Indian journal of veterinary science and animal husbandry - Volume 4,
Year: 1934
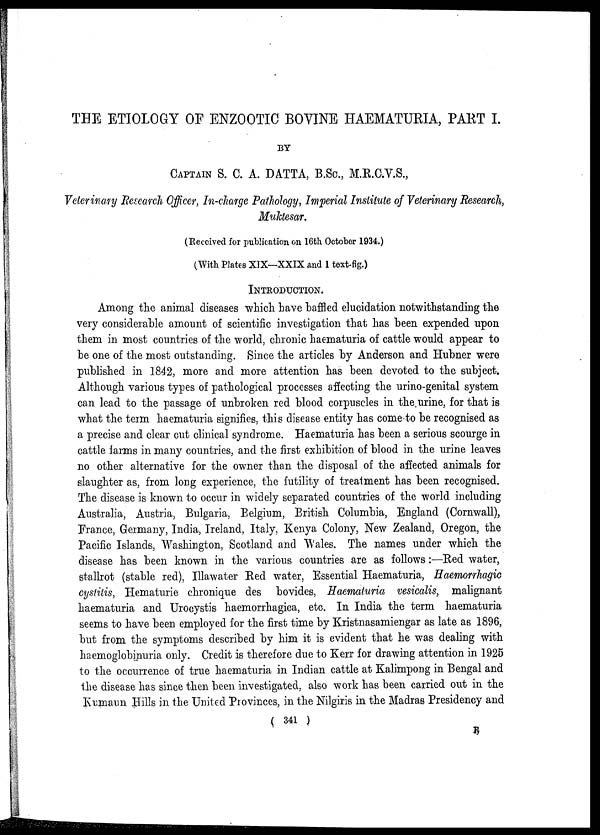
THE ETIOLOGY OF ENZOOTIC BOVINE HAEMATURIA, PART I.
BY
CAPTAIN S. C. A. DATTA, B.Sc., M.R.C.V.S.,
Veterinary Research Officer, In-charge Pathology, Imperial Institute of Veterinary Research,
Muktesar.
(Received for publication on 16th October 1934.)
(With Plates XIX—XXIX and 1 text-fig.)
INTRODUCTION.
Among the animal diseases which have baffled elucidation notwithstanding the
very considerable amount of scientific investigation that has been expended upon
them in most countries of the world, chronic haematuria of cattle would appear to
be one of the most outstanding. Since the articles by Anderson and Hubner were
published in 1842, more and more attention has been devoted to the subject.
Although various types of pathological processes affecting the urino-genital system
can lead to the passage of unbroken red blood corpuscles in the urine, for that is
what the term haematuria signifies, this disease entity has come to be recognised as
a precise and clear cut clinical syndrome. Haematuria has been a serious scourge in
cattle farms in many countries, and the first exhibition of blood in the urine leaves
no other alternative for the owner than the disposal of the affected animals for
slaughter as, from long experience, the futility of treatment has been recognised.
The disease is known to occur in widely separated countries of the world including
Australia, Austria, Bulgaria, Belgium, British Columbia, England (Cornwall),
France, Germany, India, Ireland, Italy, Kenya Colony, New Zealand, Oregon, the
Pacific Islands, Washington, Scotland and Wales. The names under which the
disease has been known in the various countries are as follows:—Red water,
stallrot (stable red), Illawater Red water, Essential Haematuria, Haemorrhagic
cystitis, Hematurie chronique des bovides, Haematuria vesicalis, malignant
haematuria and Urocystis haemorrhagica, etc. In India the term haematuria
seems to have been employed for the first time by Kristnasamiengar as late as 1896,
but from the symptoms described by him it is evident that he was dealing with
haemoglobinuria only. Credit is therefore due to Kerr for drawing attention in 1925
to the occurrence of true haematuria in Indian cattle at Kalimpong in Bengal and
the disease has since then been investigated, also work has been carried out in the
Kumaun Hills in the United Provinces, in the Nilgiris in the Madras Presidency and
( 341 )
F